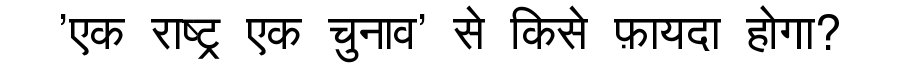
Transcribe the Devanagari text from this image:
'एक राष्ट्र एक चुनाव' से किसे फ़ायदा होगा?